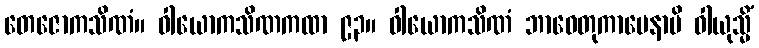
တေဇောကသိဏံ။ ဝါယောကသိဏကထာ ၉၃။ ဝါယောကသိဏံ ဘာဝေတုကာမေနာပိ ဝါယုသ္မိံ